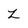
Character: z